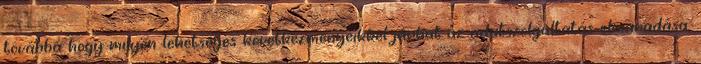
továbbá hogy milyen lehetséges következményeikkel járhat az adatszolgáltatás elmaradása;